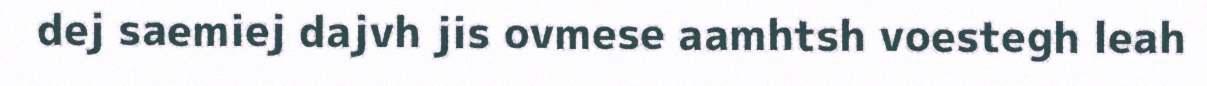
dej saemiej dajvh jis ovmese aamhtsh voestegh leah